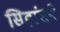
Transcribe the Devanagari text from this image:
सिद्धांतने